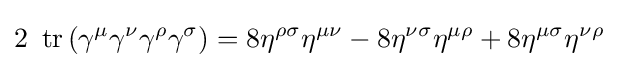
2\ \operatorname {tr} \left(\gamma ^{\mu }\gamma ^{\nu }\gamma ^{\rho }\gamma ^{\sigma }\right)=8\eta ^{\rho \sigma }\eta ^{\mu \nu }-8\eta ^{\nu \sigma }\eta ^{\mu \rho }+8\eta ^{\mu \sigma }\eta ^{\nu \rho }